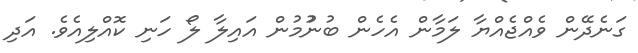
ގަނެދޭން ވެއްޖެއްޔާ ލަމާން އެހެން ބުނުުމުން އައިލާ ލޯ ހަނި ކޮއްލިއެވެ. އަދި